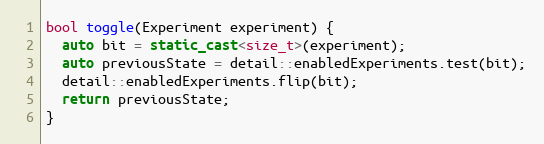
Language: C++
bool toggle(Experiment experiment) {
  auto bit = static_cast<size_t>(experiment);
  auto previousState = detail::enabledExperiments.test(bit);
  detail::enabledExperiments.flip(bit);
  return previousState;
}